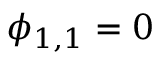
\phi _ { 1 , 1 } = 0